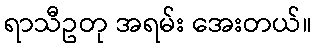
ရာသီဥတု အရမ်း အေးတယ်။